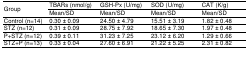
<table><thead><tr><td rowspan="2"><b>Group</b></td><td><b>TBARs (nmol/g)</b></td><td><b>GSH-Px (U/mg)</b></td><td><b>SOD (U/mg)</b></td><td><b>CAT (K/g)</b></td></tr><tr><td></td><td><b>Mean/SD</b></td><td><b>Mean/SD</b></td><td><b>Mean/SD</b></td><td><b>Mean/SD</b></td></tr></thead><tbody><tr><td>Control (n=14)</td><td>0.30 ± 0.09</td><td>24.50 ± 4.79</td><td>15.51 ± 3.19</td><td>1.82 ± 0.48</td></tr><tr><td>STZ (n=12)</td><td>0.31 ± 0.09</td><td>28.75 ± 7.92</td><td>18.65 ± 7.30</td><td>1.97 ± 0.48</td></tr><tr><td>P+STZ (n=12)</td><td>0.39 ± 0.11</td><td>31.23 ± 7.25</td><td>23.12 ± 6.20</td><td>1.29 ± 0.66</td></tr><tr><td>STZ+P (n=13)</td><td>0.33 ± 0.04</td><td>27.60 ± 6.91</td><td>21.22 ± 5.25</td><td>2.31 ± 0.82</td></tr></tbody></table>